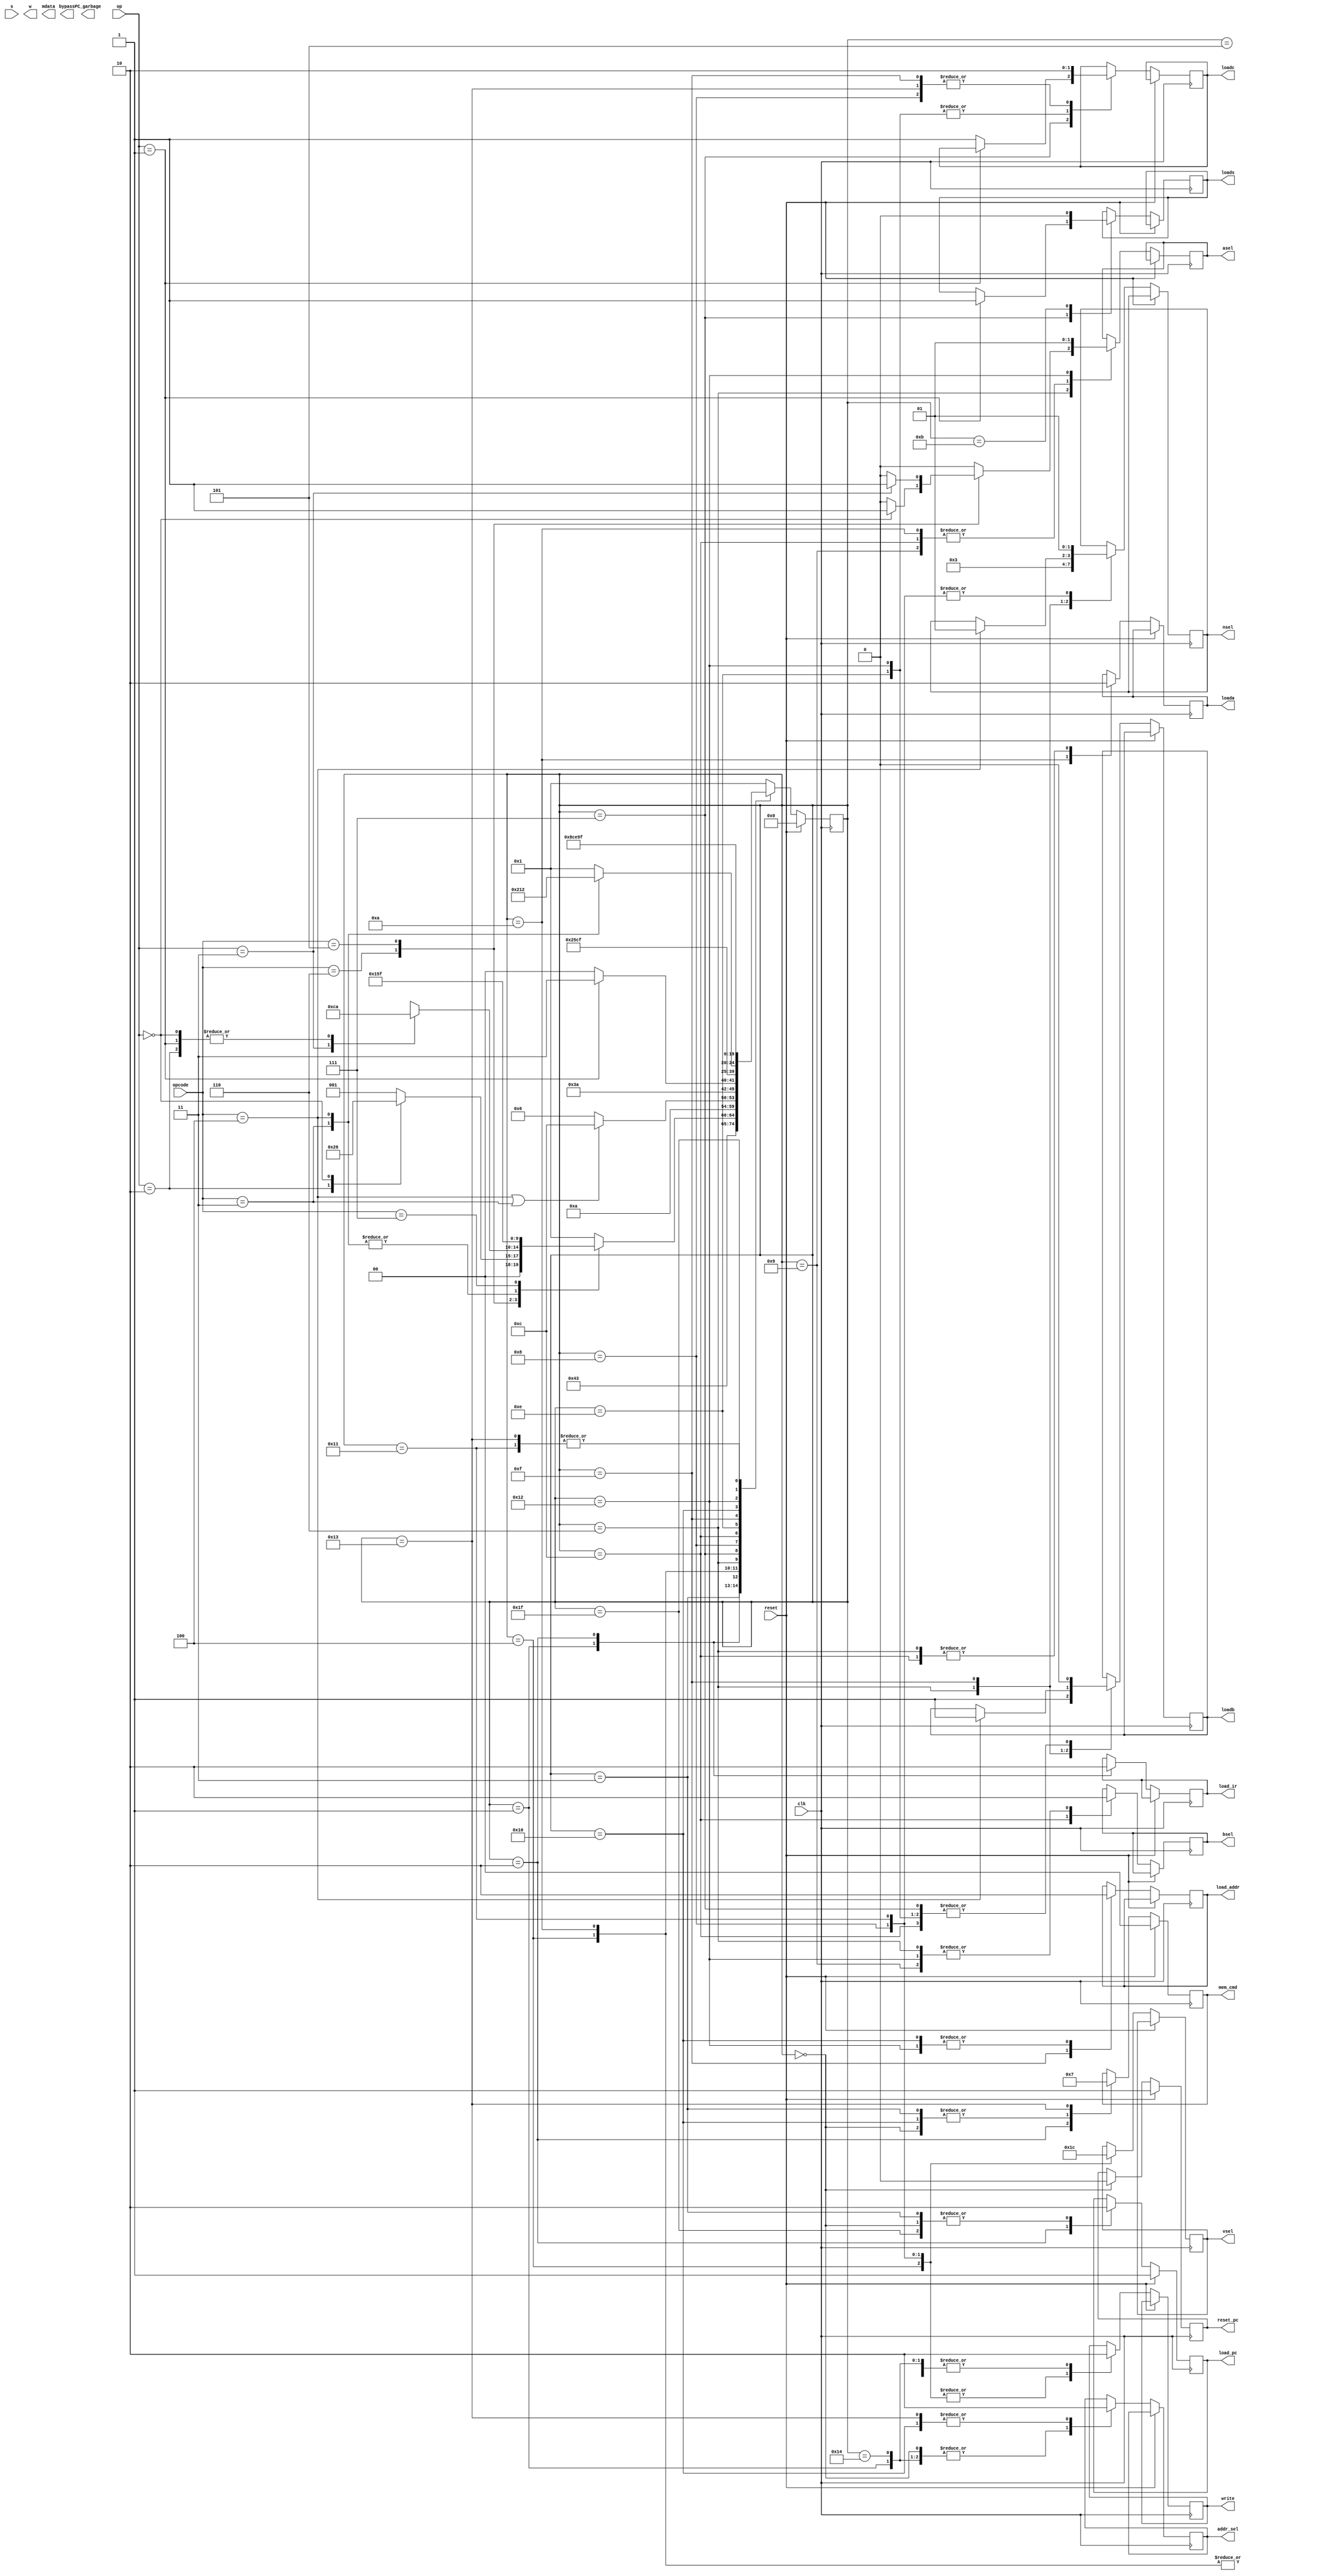
//should carry from toplevel, define for convenience
`define MWRITE 2'b11
`define MREAD 2'b01
`define MNONE 2'b00

//beforeAll
`define RST 5'b00000
`define IF1 5'b00001
`define IF2 5'b00010
`define updatePC 5'b00011

// primarily MOV, Rn, #<im8>
`define getRegIn 5'b00100
`define writeRn 5'b00101

// all purpose
`define loadB 5'b00110

// primarily MOV Rd,Rm {,<sh_op>}
`define writeRd 5'b00111
`define writeRd2 5'b01000
`define writeRd3 5'b01001

// primarily ADD
`define loadA 5'b01010

//CMP
`define loadS 5'b01011

//LDR and STR
`define getInt1 5'b01100
`define getInt2 5'b01101
`define getInt3 5'b01110
`define dataAddr 5'b01111
`define ldr1 5'b10000
`define ldr2 5'b10001
`define str1 5'b10010
`define str2 5'b10011

`define delay 5'b10100
//HALT state
`define HALT 5'b11111

`define ADD 2'b00
`define CMP 2'b01
`define AND 2'b10
`define MVN 2'b11

module controller(  clk, s, reset, opcode, op,                                              //inputs

                    w, write, nsel, vsel, loada, loadb, loadc, asel, bsel, 
                    loads, mdata, PC_garbage, load_pc, reset_pc, addr_sel, mem_cmd,
                    load_ir, bypass, load_addr);                                                    //outputs

    input            reset, clk, s;
    input      [1:0] op;
    input      [2:0] opcode;
    
    output reg       write, loada, loadb, loadc, asel, bsel, loads, w, 
                     load_pc, reset_pc, addr_sel, bypass, load_addr,load_ir;                                //NEED TO IMPLEMENT: load_pc, reset_pc, addr_sel, load_addr, mem_cmd
    output reg [1:0] vsel, mem_cmd, nsel;
    
    //need to check PC and mdata for this lab
    output reg [7:0] PC_garbage;
    output reg [15:0] mdata;

    reg [4:0] state;

    always@(posedge clk)begin
        if(reset)begin
            state    = `RST;
            reset_pc = 1'b1;
            load_pc  = 1'b1;
            mem_cmd  = `MNONE;
        end
        else begin
            case(state)
                `RST: begin
                    state    = `IF1;
                    reset_pc = 1'b0;
                    load_pc = 1'b0;  
                    addr_sel = 1'b1;
                    mem_cmd  = `MREAD;
                end
                `IF1: begin
                    write = 1'b0;
                    state    = `IF2;
                    addr_sel = 1'b1;
                    load_ir  = 1'b1;
                end
                `IF2: begin
                    state   = `updatePC;
                    load_ir  = 1'b0;
                    load_pc = 1'b1;
                    mem_cmd  = `MNONE;
                end
                `updatePC: begin                                            // decoding instruction
                    mem_cmd  = `MREAD;
                    load_pc = 1'b0;                                       
                    case(opcode)
                        3'b110: begin                                       // if operation is MOV type
                            case(op)
                                2'b10:   state = `getRegIn;                 // MOV #sximm8
                                2'b00:   state = `loadB;                    // MOV Rd Rm
                                default: state = `IF1;                      // unreachable with valid MOV
                            endcase
                        end
                        3'b101: begin                                       // alu type
                            case(op)
                                `MVN:    state = `loadB;                    // MVN
                                `ADD:    state = `loadA;                    // ADD, CMP, AND
                                `CMP:    state = `loadA;
                                `AND:    state = `loadA;
                                default: state = `IF1;                      // unreachable with valid alu commands
                            endcase
                        end
                        3'b011: begin                                       // LDR
                            state = `loadA;                                // start by loadA
                        end
                        3'b100: begin                                       // STR
                            state = `loadA;                                // start by loadA
                        end
                        3'b111: begin                                       // special Halt stage
                            state   = `HALT;
                            load_pc = 1'b0;
                        end
                        default: state = `IF1;                              // defaults to starting stage if bad input
                    endcase
                end
                `getRegIn: begin                                            // MOV #sximm8: load integer value
                    nsel  = 2'b00;
                    vsel  = 2'b01;
                    write = 1'b1;
                    state = `writeRn;
                end
                `writeRn:begin                                              // MOV #sximm8: write value to reg
                    write = 1'b0;
                    state = `IF1;
                end
                `loadA: begin                                               // ADD, CMP, AND: load first value into regA
                    nsel = 2'b00;
                    loada = 1'b1;
                    asel = 1'b0;
                    
                    if (opcode == 3'b100 || opcode  == 3'b011)state = `getInt1;
                    else state = `loadB;
                end
                `loadB: begin
                    loada = 1'b0;                                           // ADD, CMP, AND: stops loading, proceed to reading next reg
                    nsel = 2'b11;
                    loadb = 1'b1;
                    bsel = 1'b0;
                    case (opcode)
                        3'b110: asel = (op == 2'b00) ? 1'b1 : 1'b0;         // if MOV Rd,Rm{,<sh_op>} or MVN Rd,Rm{,<sh_op>}, Rn doesnt matter
                        3'b101: asel = (op == 2'b11) ? 1'b1 : 1'b0; 
                        default: asel = 1'b0;
                    endcase
                    state = `writeRd;
                end
                `writeRd: begin
                    loadb = 1'b0;
                    if (op == 2'b01)begin
                        loads = 1'b1;
                        state = `loadS;
                    end
                    else begin
                        loadc = 1'b1;
                        state = `writeRd2;
                    end
                end
                `loadS: begin
                    loads = 1'b0;
                    state = `IF1;
                end
                `writeRd2: begin
                    nsel  = 2'b01;
                    vsel  = 2'b11;
                    write = 1'b1;
                    loadc = 1'b0;
                    state = `writeRd3;
                end
                `writeRd3: begin
                    asel = 1'b0;
                    bsel = 1'b0;
                    write = 1'b0;
                    state = `IF1;
                end
                `getInt1: begin
                    // vsel   = 2'b01;
                    // bypass = 1'b1;

                    loada  = 1'b0;
                    asel   = 1'b0;
                    loadb  = 1'b0;
                    bsel   = 1'b1;

                    state  = `getInt3;
                end
                // `getInt2: begin
                //     loada  = 1'b0;
                //     // bypass = 1'b0;
                //     nsel   = 2'b00;
                //     loadb  = 1'b1;
                //     bsel   = 1'b0;
                //     state  = `getInt3;
                // end
                `getInt3: begin
                    loadb = 1'b0;
                    loadc = 1'b1;
                    state = `dataAddr;
                end
                `dataAddr: begin
                    load_addr = 1'b1;
                    loadc     = 1'b0;
                    case(opcode)
                        3'b011: state = `ldr1;
                        3'b100: begin
                            state = `str1;
                            nsel  = 2'b01;
                            loadb = 1'b1;
                        end
                        default: state = `IF1;
                    endcase
                end
                `ldr1: begin
                    load_addr = 1'b0;
                    addr_sel  = 1'b0;
                    mem_cmd   = `MREAD;
                    state     = `ldr2;
                end
                `ldr2: begin
                    vsel  = 2'b00;
                    write = 1'b1;
                    nsel  = 2'b01;
                    state = `delay;
                end
                `delay: begin
                    addr_sel  = 1'b1;
                    write = 1'b0;
                    state = `IF1;
                end
                `str1: begin
                    load_addr = 1'b0;
                    loadb     = 1'b0;
                    asel      = 1'b1;
                    bsel      = 1'b0;
                    loadc     = 1'b1;
                    state     = `str2;
                end
                `str2: begin
                    loadc    = 1'b0;
                    addr_sel = 1'b0;
                    mem_cmd  = `MWRITE;
                    state    = `delay;
                end
                `delay: begin
                    mem_cmd  = `MREAD;
                    state    = `IF1;
                    addr_sel  = 1'b1;
                end
                `HALT: begin
                    state   = `HALT;
                    load_pc = 1'b0;
                end
                default: state = `IF1;
            endcase 
        end
    end
endmodule